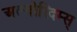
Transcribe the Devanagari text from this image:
अल्गोरिदम्स्